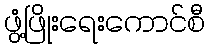
ဖွံ့ဖြိုးရေးကောင်စီ